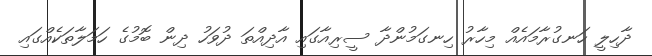
ދާހިލީ ހަނގުރާމައެއް މިހާރު ހިނގަމުންދާ ސީރިއާގައި އާދިއްތަ ދުވަހު ދިން ބޮމުގެ ހަމަލާތަކެއްގައި